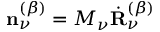
\mathbf { n } _ { \nu } ^ { ( \beta ) } = M _ { \nu } \dot { \mathbf { R } } _ { \nu } ^ { ( \beta ) }